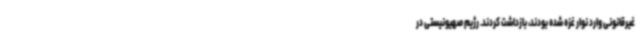
غیرقانونی وارد نوار غزه شده بودند، بازداشت کردند. رژیم صهیونیستی در